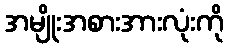
အမျိုးအစားအားလုံးကို